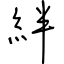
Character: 絆